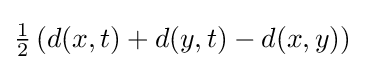
\textstyle {\frac {1}{2}}\left(d(x,t)+d(y,t)-d(x,y)\right)